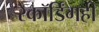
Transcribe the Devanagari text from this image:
रेकॉर्डिंगही